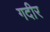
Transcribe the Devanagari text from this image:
गदीर